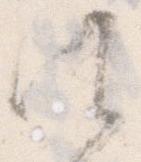
候